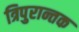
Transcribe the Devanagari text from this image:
त्रिपुरान्तक